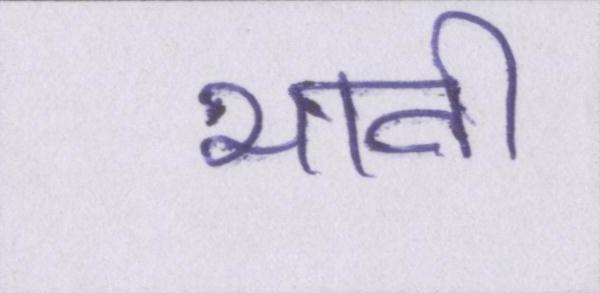
भावी